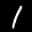
Label: 1